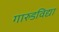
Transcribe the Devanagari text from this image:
गारुडविद्या